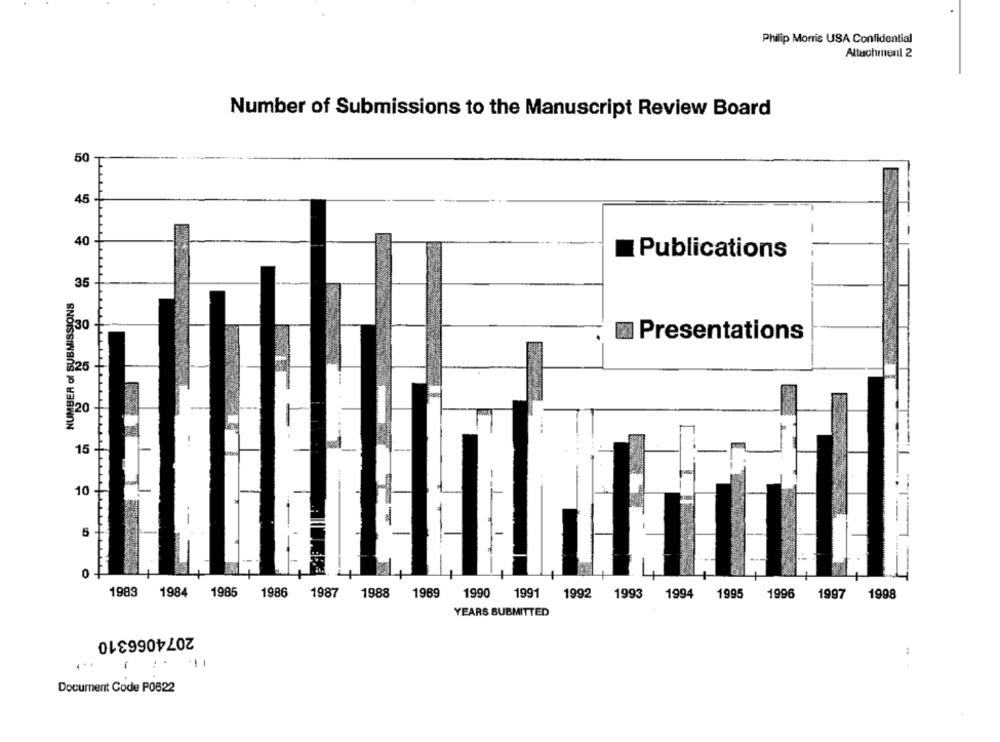
Philip Morris USA Confidential
Attachment 2
Number of Submissions to the Manuscript Review Board
50
45
40
Publications
35
30
Presentations
325
₱20
15
10
5
0 -
1989 1984
1985
1986
1987
1988
1989
1990
1992 1993 1994 1995
1991
1996 1997
1998
YEARS SUBMITTED
2074066310
Document Code P0622